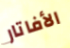
الأفاتار